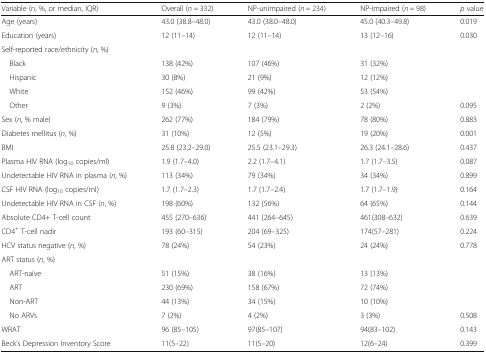
<table><thead><tr><td><b>Variable (n, %, or median, IQR)</b></td><td><b>Overall (<i>n</i> = 332)</b></td><td><b>NP-unimpaired (<i>n</i> = 234)</b></td><td><b>NP-impaired (<i>n</i> = 98)</b></td><td><b><i>p</i> value</b></td></tr></thead><tbody><tr><td>Age (years)</td><td>43.0 (38.8–48.0)</td><td>43.0 (38.0–48.0)</td><td>45.0 (40.3–49.8)</td><td>0.019</td></tr><tr><td>Education (years)</td><td>12 (11–14)</td><td>12 (11–14)</td><td>13 (12–16)</td><td>0.030</td></tr><tr><td colspan="5">Self-reported race/ethnicity (<i>n</i>, %)</td></tr><tr><td> Black</td><td>138 (42%)</td><td>107 (46%)</td><td>31 (32%)</td><td></td></tr><tr><td> Hispanic</td><td>30 (8%)</td><td>21 (9%)</td><td>12 (12%)</td><td></td></tr><tr><td> White</td><td>152 (46%)</td><td>99 (42%)</td><td>53 (54%)</td><td></td></tr><tr><td> Other</td><td>9 (3%)</td><td>7 (3%)</td><td>2 (2%)</td><td>0.095</td></tr><tr><td>Sex (<i>n</i>, % male)</td><td>262 (77%)</td><td>184 (79%)</td><td>78 (80%)</td><td>0.883</td></tr><tr><td>Diabetes mellitus (<i>n</i>, %)</td><td>31 (10%)</td><td>12 (5%)</td><td>19 (20%)</td><td>0.001</td></tr><tr><td>BMI</td><td>25.8 (23.2–29.0)</td><td>25.5 (23.1–29.3)</td><td>26.3 (24.1–28.6)</td><td>0.437</td></tr><tr><td>Plasma HIV RNA (log<sub>10</sub> copies/ml)</td><td>1.9 (1.7–4.0)</td><td>2.2 (1.7–4.1)</td><td>1.7 (1.7–3.5)</td><td>0.087</td></tr><tr><td>Undetectable HIV RNA in plasma (<i>n</i>, %)</td><td>113 (34%)</td><td>79 (34%)</td><td>34 (34%)</td><td>0.899</td></tr><tr><td>CSF HIV RNA (log<sub>10</sub> copies/ml)</td><td>1.7 (1.7–2.3)</td><td>1.7 (1.7–2.4)</td><td>1.7 (1.7–1.9)</td><td>0.164</td></tr><tr><td>Undetectable HIV RNA in CSF (<i>n</i>, %)</td><td>198 (60%)</td><td>132 (56%)</td><td>64 (65%)</td><td>0.144</td></tr><tr><td>Absolute CD4+ T-cell count</td><td>455 (270–636)</td><td>441 (264–645)</td><td>461(308–632)</td><td>0.639</td></tr><tr><td>CD4<sup>+</sup> T-cell nadir</td><td>193 (60–315)</td><td>204 (69–325)</td><td>174(57–281)</td><td>0.224</td></tr><tr><td>HCV status negative (<i>n</i>, %)</td><td>78 (24%)</td><td>54 (23%)</td><td>24 (24%)</td><td>0.778</td></tr><tr><td colspan="5">ART status (<i>n</i>, %)</td></tr><tr><td> ART-naïve</td><td>51 (15%)</td><td>38 (16%)</td><td>13 (13%)</td><td></td></tr><tr><td> ART</td><td>230 (69%)</td><td>158 (67%)</td><td>72 (74%)</td><td></td></tr><tr><td> Non-ART</td><td>44 (13%)</td><td>34 (15%)</td><td>10 (10%)</td><td></td></tr><tr><td> No ARVs</td><td>7 (2%)</td><td>4 (2%)</td><td>3 (3%)</td><td>0.508</td></tr><tr><td>WRAT</td><td>96 (85–105)</td><td>97(85–107)</td><td>94(83–102)</td><td>0.143</td></tr><tr><td>Beck’s Depression Inventory Score</td><td>11(5–22)</td><td>11(5–20)</td><td>12(6–24)</td><td>0.399</td></tr></tbody></table>